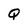
Character: Q